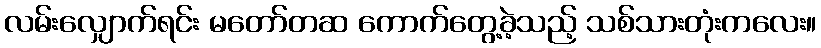
လမ်းလျှောက်ရင်း မတော်တဆ ကောက်တွေ့ခဲ့သည့် သစ်သားတုံးကလေး။